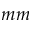
m m